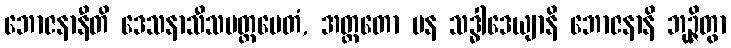
ဘောဇနာနီတိ ဒေသနာသီသမတ္တမေတံ, အတ္ထတော ပန သဒ္ဓါဒေယျာနိ ဘောဇနာနိ ဘုဉ္ဇိတွာ